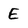
Character: E